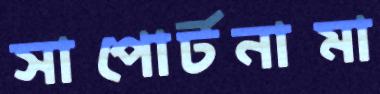
সাপোর্টনামা